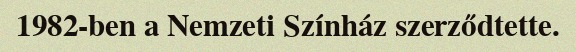
1982-ben a Nemzeti Színház szerződtette.